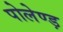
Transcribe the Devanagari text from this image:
पोलेण्ड़